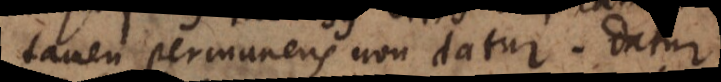
tamen permanens non datur. Datur